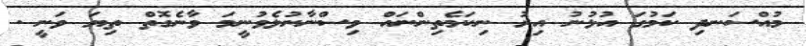
މުއްސަނދި ކަމުގަ އުޅުނު އިރު ނިކަމެތިންނައް ވިސްނާނުލެވުނީމަ ވާނެގޮތް ތިޔަ ވަނީ .